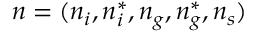
n = ( n _ { i } , n _ { i } ^ { * } , n _ { g } , n _ { g } ^ { * } , n _ { s } )